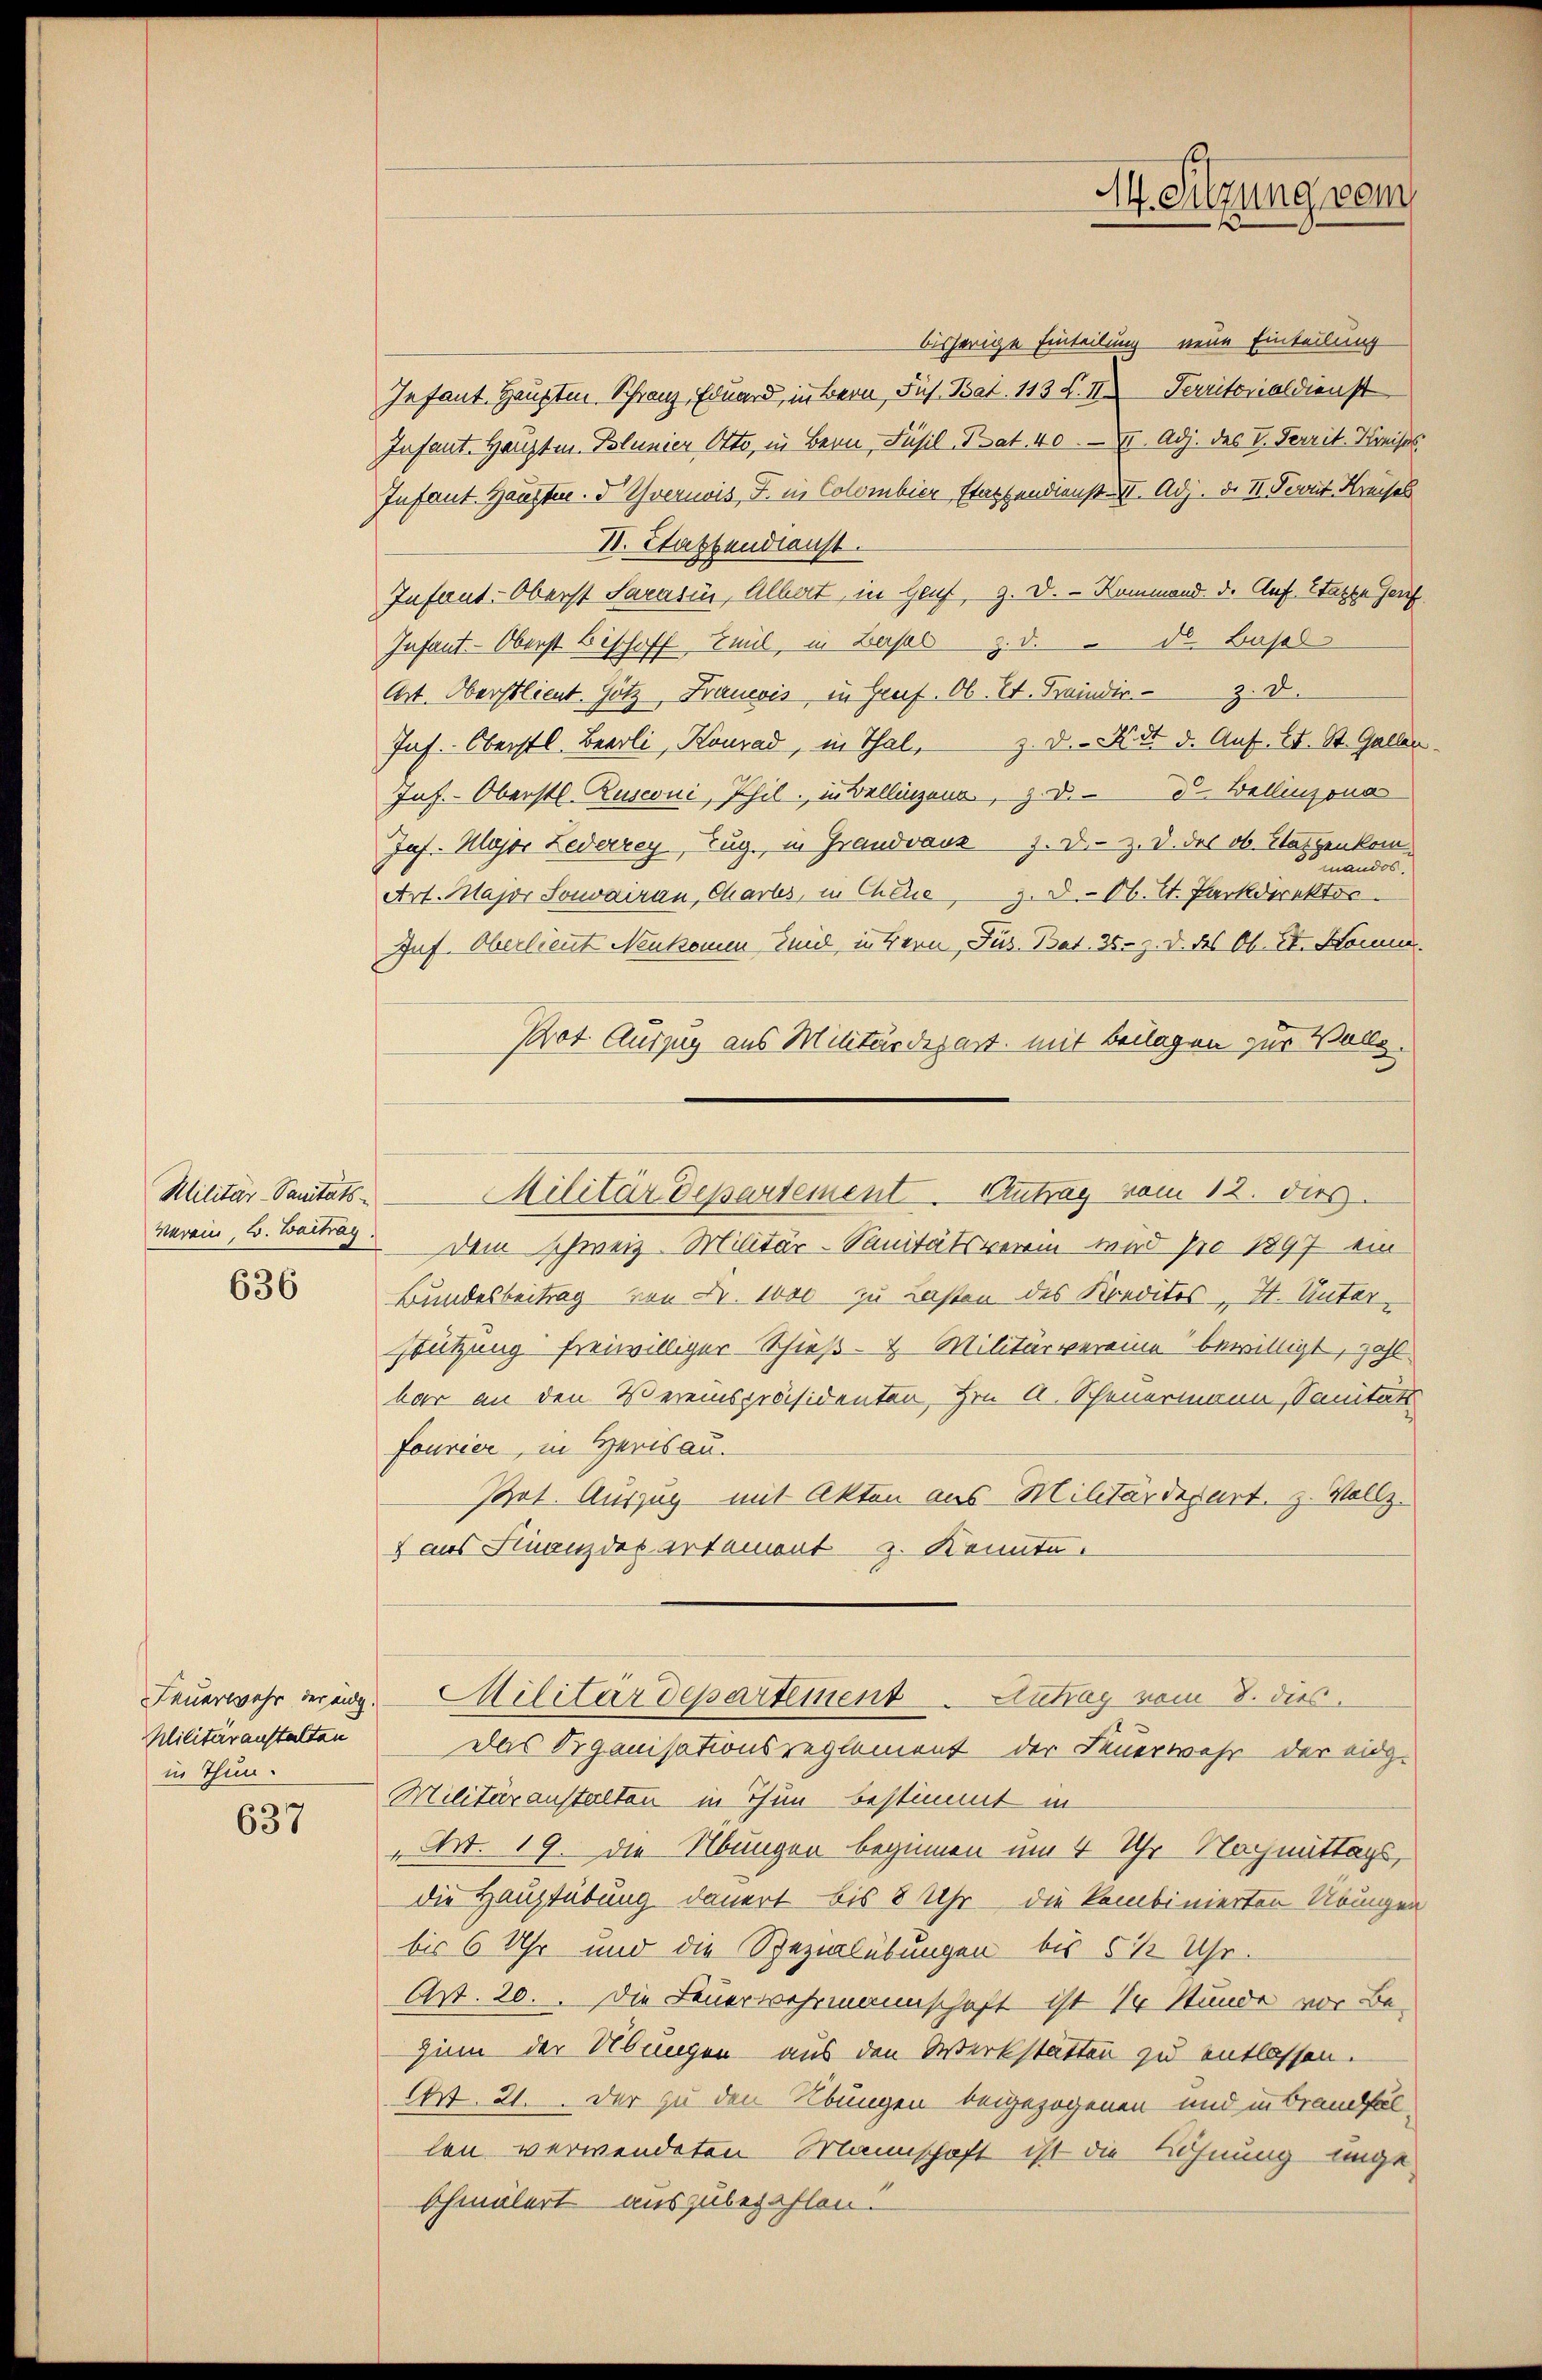
Militär-Sanitäts-

636

Militäranstalten
in Thun.

637

bisherige Einteilung neue Einteilung
Infant. Hauptm. Schranz, Eduard, in Bern, Fuch. Bat. 113 F. II Territorialdienst
Infant. Hauptm. Blunier Otto, in Bern, Füsil Brat. 40. II. Adj. des V. Perrit. Kreiss
Infant. Hauptm. F Yvernis, F. in Colombier stattendienst II. Adj. d. II. Dort Kreises
VI. Stattendienst
Infant. Oberst Sarasin, Albert in Genf, z. D. - Kommand. d. Auf Statte Genf
Infant Oberst Bischoff Teil, in Basel z. d. d. Basel
Art. Oberstlieut. Götz, Francois in Genf. Ob. 2. Kraindir z. d.
Jas. Oberstl. Berli, Konrad, in Thal, z. D. R. d. Auf. E. St. Gallen.
Jnf.-Oberstl. Rusconi, Phil. in Bellinzona., z. d. d. Bellinzona
Jaf. Major Lederrey, Zug, in Grandvauz j. D. z. B. des ob Harzenkomnandos.
Art. Major Sonvairau, Charts, in Chemie, z. B. Ob. lt. Parkdirektor
Jnf. Oberlieut Neukomen und in Bern, Jur. Bat. 35. z. d. des Ob. II. Komm
Pot Auszug aus Militärdepart mit Beilagen zur Volle.
verein, B. Beitrag. Dem schweiz. Militär-Sanitätsverein wird pro 1897 ein
Bundesbeitrag von Fr. 1000 zu Lasten des Kreditos - St. Unterstützung freiwilliger Schieß- & Militärvereine bewilligt, zahl
bar an den Vereinspräsidenten, Hrn. A. Scheuermann, Sanitäts
Fourier, in Herisau.
Pot. Auszug mit Akten aus Militärdepart. z. Vollz
 aus Finanzdepartement z. Konnte.
Feuerwehr verang. Militärdepartement Antrag vom 8. dies
Das Siganisationsreglement der Feuerwehr der eig¬
Militäranstalten in Thun bestimmt in
Nr. 19. Die Übungen beginnen um 4 Uhr Nachmittags,
die Hauptübung dauert bis 8 Uhr die kombinierten Übungen
bis 6 Uhr und die Spezialübungen bis 6 1/2 Uhr.
Art. 20. Die Feuerwehrmannschaft ist ½ Stunde vor Be-
Zinn der Übungen aus den Werkstatten zu entlassen.
4t. 21. Der zu den Übungen beigezogenen und in Brandfallen verwendeten Mannschaft ist die Löhnung unge
schmälert auszubezahlen?

Militärdepartement. Antrag vom 12. dies

M. Sitzung vom